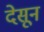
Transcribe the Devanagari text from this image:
देसून